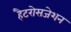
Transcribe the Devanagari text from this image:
हैटरोसजेशन